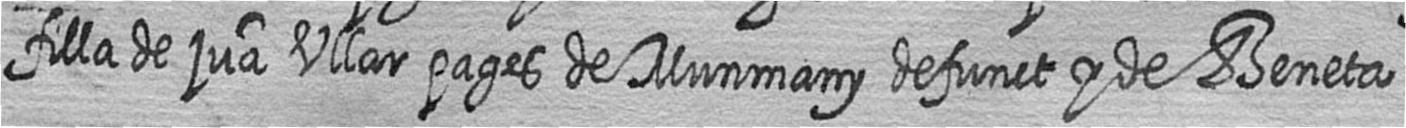
filla de jua Vilar pages de Munmany defunct y de Beneta